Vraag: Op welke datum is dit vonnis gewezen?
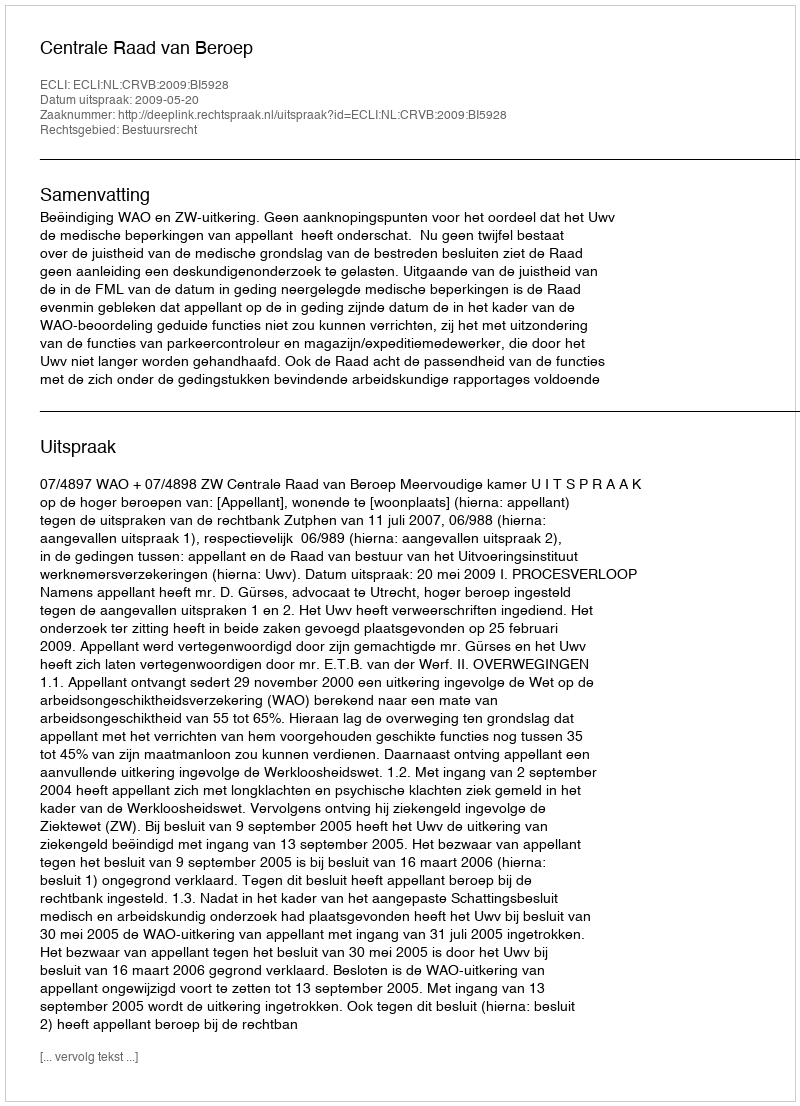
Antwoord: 2009-05-20